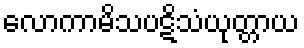
လောကာမိသပဋိသံယုတ္တာယ